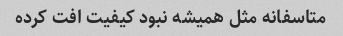
متاسفانه مثل همیشه نبود کیفیت افت کرده